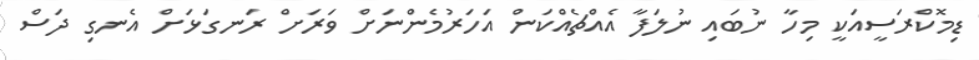
ޑިމޮކްރަސީއަކީ މިހާ ނުބައި ނުލަފާ އެއްޗެއްކަން އަހަރުމެންނަށް ވަރަށް ރަނގަޅަށް އެނގި ދަސް